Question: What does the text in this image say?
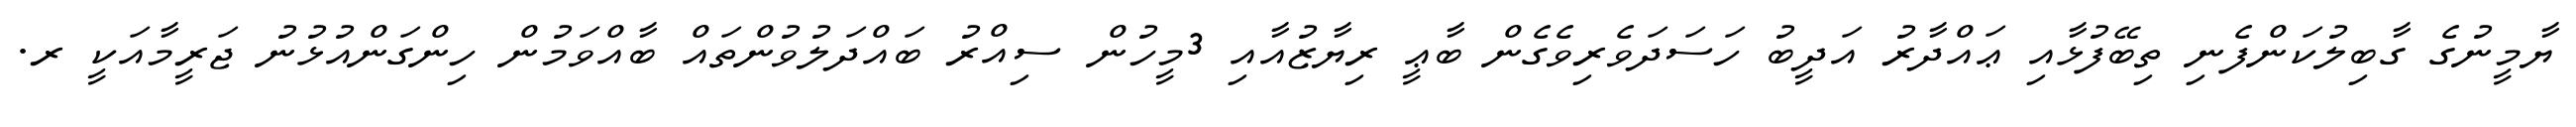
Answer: ޔާމީނުގެ ގާބިލުކަންފެނި ތިބޭފުޅާއި ޢައްދާރު އަދީބު ހަސަދަވެރިވެގެން ބާޢީ ރިޔާޒުއާއި 3މީހުން ސިއްރު ބައްދަލުވުންތައް ބާއްވަމުން ހިންގަންއުޅުނު ޖަރީމާއަކީ ރ.